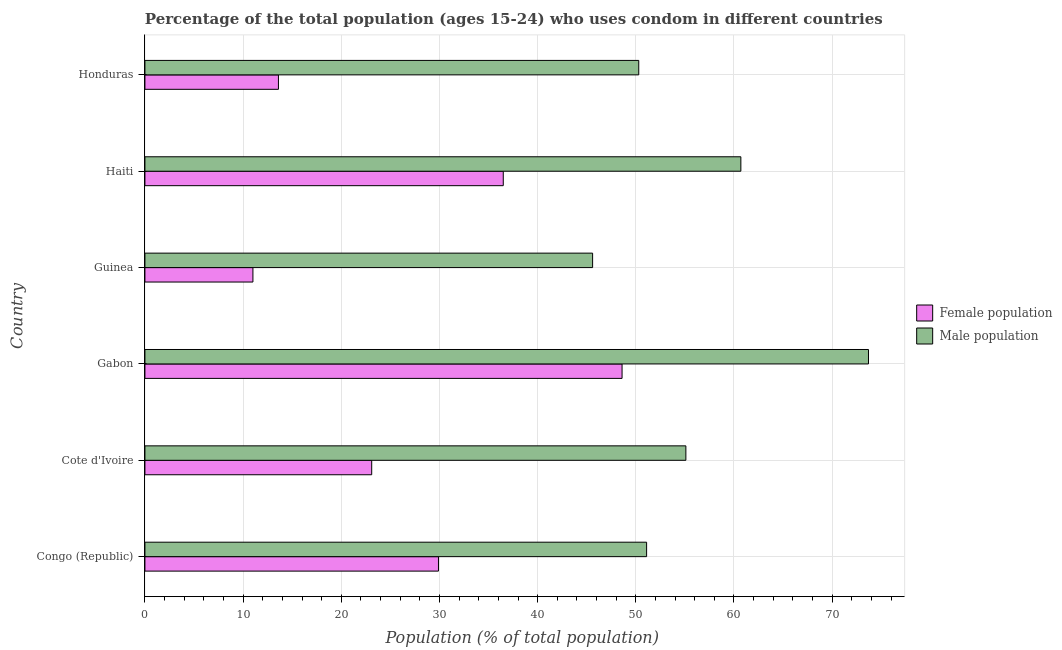
| Country | Female population | Male population |
 | --- | --- | --- |
 | Congo (Republic) | 29.9 | 51.1 |
 | Cote d'Ivoire | 23.1 | 55.1 |
 | Gabon | 48.6 | 73.7 |
 | Guinea | 11 | 45.6 |
 | Haiti | 36.5 | 60.7 |
 | Honduras | 13.6 | 50.3 |